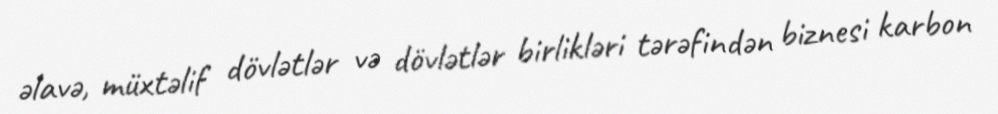
əlavə, müxtəlif dövlətlər və dövlətlər birlikləri tərəfindən biznesi karbon